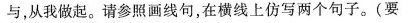
与，从我做起。请参照画线句，在横线上仿写两个句子。(要